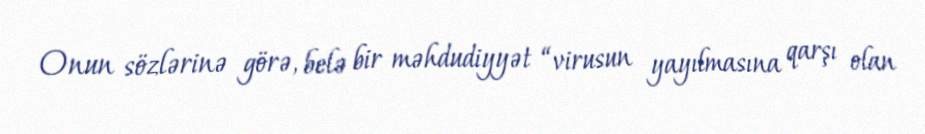
Onun sözlərinə görə, belə bir məhdudiyyət “virusun yayılmasına qarşı olan